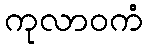
ကုလာဝကံ